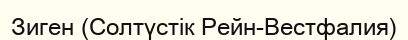
Зиген (Солтүстік Рейн-Вестфалия)